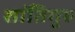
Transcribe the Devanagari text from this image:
शांतिगुरु